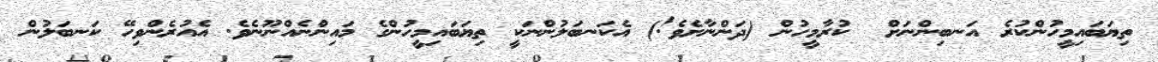
ތިޔަބައިމީހުންކުރެ އަނބިންނަށް  ކުރާމީހުން (ދަންނާށެވެ!) އެކަނބަލުންނަކީ ތިޔަބައިމީހުންގެ މައިންނެއްނޫނެވެ. އެއުރެންވިހޭ ކަނބަލުން